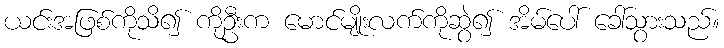
ယင်းအဖြစ်ကိုသိ၍ ကိုဦးက မောင်မျိုးလက်ကိုဆွဲ၍ အိမ်ပေါ် ခေါ်သွားသည်။